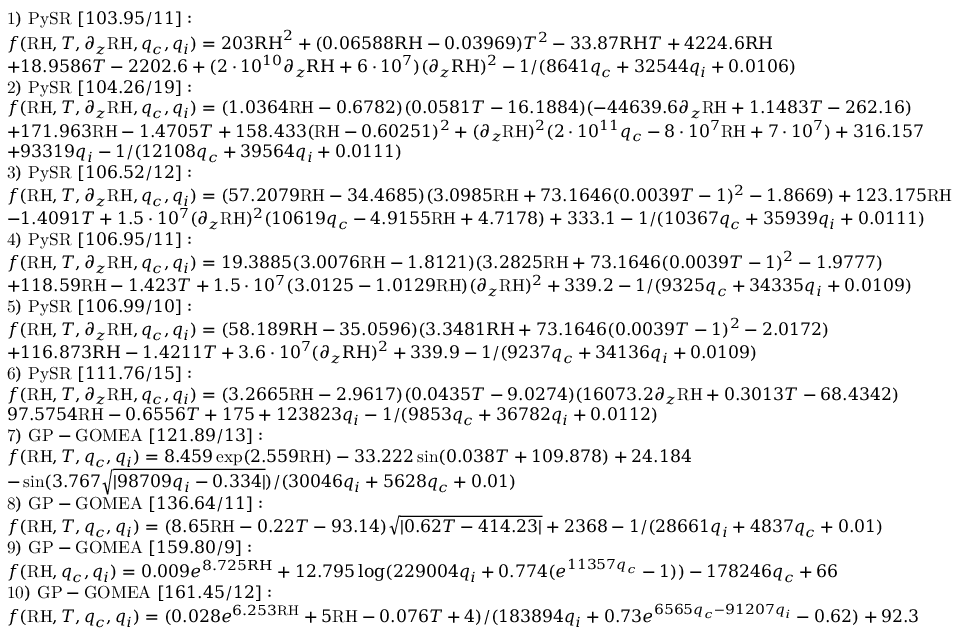
\begin{array} { r l } & { \mathrm { 1 ) ~ P y S R ~ } [ 1 0 3 . 9 5 / 1 1 ] : } \\ & { f ( \mathrm { R H } , T , \partial _ { z } \mathrm { R H } , q _ { c } , q _ { i } ) = \boldsymbol { 2 0 3 \mathrm { R H } ^ { 2 } + ( 0 . 0 6 5 8 8 \mathrm { R H } - 0 . 0 3 9 6 9 ) T ^ { 2 } - 3 3 . 8 7 \mathrm { R H } T + 4 2 2 4 . 6 \mathrm { R H } } } \\ & { \boldsymbol { + 1 8 . 9 5 8 6 T - 2 2 0 2 . 6 + ( 2 \cdot 1 0 ^ { 1 0 } \partial _ { z } \mathrm { R H } + 6 \cdot 1 0 ^ { 7 } ) ( \partial _ { z } \mathrm { R H } ) ^ { 2 } - 1 / ( 8 6 4 1 q _ { c } + 3 2 5 4 4 q _ { i } + 0 . 0 1 0 6 ) } } \\ & { \mathrm { 2 ) ~ P y S R ~ } [ 1 0 4 . 2 6 / 1 9 ] : } \\ & { f ( \mathrm { R H } , T , \partial _ { z } \mathrm { R H } , q _ { c } , q _ { i } ) = ( 1 . 0 3 6 4 \mathrm { R H } - 0 . 6 7 8 2 ) ( 0 . 0 5 8 1 T - 1 6 . 1 8 8 4 ) ( - 4 4 6 3 9 . 6 \partial _ { z } \mathrm { R H } + 1 . 1 4 8 3 T - 2 6 2 . 1 6 ) } \\ & { + 1 7 1 . 9 6 3 \mathrm { R H } - 1 . 4 7 0 5 T + 1 5 8 . 4 3 3 ( \mathrm { R H } - 0 . 6 0 2 5 1 ) ^ { 2 } + ( \partial _ { z } \mathrm { R H } ) ^ { 2 } ( 2 \cdot 1 0 ^ { 1 1 } q _ { c } - 8 \cdot 1 0 ^ { 7 } \mathrm { R H } + 7 \cdot 1 0 ^ { 7 } ) + 3 1 6 . 1 5 7 } \\ & { + 9 3 3 1 9 q _ { i } - 1 / ( 1 2 1 0 8 q _ { c } + 3 9 5 6 4 q _ { i } + 0 . 0 1 1 1 ) } \\ & { \mathrm { 3 ) ~ P y S R ~ } [ 1 0 6 . 5 2 / 1 2 ] : } \\ & { f ( \mathrm { R H } , T , \partial _ { z } \mathrm { R H } , q _ { c } , q _ { i } ) = ( 5 7 . 2 0 7 9 \mathrm { R H } - 3 4 . 4 6 8 5 ) ( 3 . 0 9 8 5 \mathrm { R H } + 7 3 . 1 6 4 6 ( 0 . 0 0 3 9 T - 1 ) ^ { 2 } - 1 . 8 6 6 9 ) + 1 2 3 . 1 7 5 \mathrm { R H } } \\ & { - 1 . 4 0 9 1 T + 1 . 5 \cdot 1 0 ^ { 7 } ( \partial _ { z } \mathrm { R H } ) ^ { 2 } ( 1 0 6 1 9 q _ { c } - 4 . 9 1 5 5 \mathrm { R H } + 4 . 7 1 7 8 ) + 3 3 3 . 1 - 1 / ( 1 0 3 6 7 q _ { c } + 3 5 9 3 9 q _ { i } + 0 . 0 1 1 1 ) } \\ & { \mathrm { 4 ) ~ P y S R ~ } [ 1 0 6 . 9 5 / 1 1 ] : } \\ & { f ( \mathrm { R H } , T , \partial _ { z } \mathrm { R H } , q _ { c } , q _ { i } ) = 1 9 . 3 8 8 5 ( 3 . 0 0 7 6 \mathrm { R H } - 1 . 8 1 2 1 ) ( 3 . 2 8 2 5 \mathrm { R H } + 7 3 . 1 6 4 6 ( 0 . 0 0 3 9 T - 1 ) ^ { 2 } - 1 . 9 7 7 7 ) } \\ & { + 1 1 8 . 5 9 \mathrm { R H } - 1 . 4 2 3 T + 1 . 5 \cdot 1 0 ^ { 7 } ( 3 . 0 1 2 5 - 1 . 0 1 2 9 \mathrm { R H } ) ( \partial _ { z } \mathrm { R H } ) ^ { 2 } + 3 3 9 . 2 - 1 / ( 9 3 2 5 q _ { c } + 3 4 3 3 5 q _ { i } + 0 . 0 1 0 9 ) } \\ & { \mathrm { 5 ) ~ P y S R ~ } [ 1 0 6 . 9 9 / 1 0 ] : } \\ & { f ( \mathrm { R H } , T , \partial _ { z } \mathrm { R H } , q _ { c } , q _ { i } ) = \boldsymbol { ( 5 8 . 1 8 9 \mathrm { R H } - 3 5 . 0 5 9 6 ) ( 3 . 3 4 8 1 \mathrm { R H } + 7 3 . 1 6 4 6 ( 0 . 0 0 3 9 T - 1 ) ^ { 2 } - 2 . 0 1 7 2 ) } } \\ & { \boldsymbol { + 1 1 6 . 8 7 3 \mathrm { R H } - 1 . 4 2 1 1 T + 3 . 6 \cdot 1 0 ^ { 7 } ( \partial _ { z } \mathrm { R H } ) ^ { 2 } + 3 3 9 . 9 - 1 / ( 9 2 3 7 q _ { c } + 3 4 1 3 6 q _ { i } + 0 . 0 1 0 9 ) } } \\ & { \mathrm { 6 ) ~ P y S R ~ } [ 1 1 1 . 7 6 / 1 5 ] : } \\ & { f ( \mathrm { R H } , T , \partial _ { z } \mathrm { R H } , q _ { c } , q _ { i } ) = ( 3 . 2 6 6 5 \mathrm { R H } - 2 . 9 6 1 7 ) ( 0 . 0 4 3 5 T - 9 . 0 2 7 4 ) ( 1 6 0 7 3 . 2 \partial _ { z } \mathrm { R H } + 0 . 3 0 1 3 T - 6 8 . 4 3 4 2 ) } \\ & { 9 7 . 5 7 5 4 \mathrm { R H } - 0 . 6 5 5 6 T + 1 7 5 + 1 2 3 8 2 3 q _ { i } - 1 / ( 9 8 5 3 q _ { c } + 3 6 7 8 2 q _ { i } + 0 . 0 1 1 2 ) } \\ & { \mathrm { 7 ) ~ G P - G O M E A ~ } [ 1 2 1 . 8 9 / 1 3 ] : } \\ & { f ( \mathrm { \mathrm { R H } } , T , q _ { c } , q _ { i } ) = 8 . 4 5 9 \exp ( 2 . 5 5 9 \mathrm { R H } ) - 3 3 . 2 2 2 \sin ( 0 . 0 3 8 T + 1 0 9 . 8 7 8 ) + 2 4 . 1 8 4 } \\ & { - \sin ( 3 . 7 6 7 \sqrt { \vert 9 8 7 0 9 q _ { i } - 0 . 3 3 4 \vert } ) / ( 3 0 0 4 6 q _ { i } + 5 6 2 8 q _ { c } + 0 . 0 1 ) } \\ & { \mathrm { 8 ) ~ G P - G O M E A ~ } [ 1 3 6 . 6 4 / 1 1 ] : } \\ & { f ( \mathrm { \mathrm { R H } } , T , q _ { c } , q _ { i } ) = ( 8 . 6 5 \mathrm { R H } - 0 . 2 2 T - 9 3 . 1 4 ) \sqrt { \vert 0 . 6 2 T - 4 1 4 . 2 3 \vert } + 2 3 6 8 - 1 / ( 2 8 6 6 1 q _ { i } + 4 8 3 7 q _ { c } + 0 . 0 1 ) } \\ & { \mathrm { 9 ) ~ G P - G O M E A ~ } [ 1 5 9 . 8 0 / 9 ] : } \\ & { f ( \mathrm { \mathrm { R H } } , q _ { c } , q _ { i } ) = \boldsymbol { 0 . 0 0 9 e ^ { 8 . 7 2 5 \mathrm { R H } } + 1 2 . 7 9 5 \log ( 2 2 9 0 0 4 q _ { i } + 0 . 7 7 4 ( e ^ { 1 1 3 5 7 q _ { c } } - 1 ) ) - 1 7 8 2 4 6 q _ { c } + 6 6 } } \\ & { \mathrm { 1 0 ) ~ G P - G O M E A ~ } [ 1 6 1 . 4 5 / 1 2 ] : } \\ & { f ( \mathrm { \mathrm { R H } } , T , q _ { c } , q _ { i } ) = ( 0 . 0 2 8 e ^ { 6 . 2 5 3 \mathrm { R H } } + 5 \mathrm { R H } - 0 . 0 7 6 T + 4 ) / ( 1 8 3 8 9 4 q _ { i } + 0 . 7 3 e ^ { 6 5 6 5 q _ { c } - 9 1 2 0 7 q _ { i } } - 0 . 6 2 ) + 9 2 . 3 } \end{array}